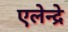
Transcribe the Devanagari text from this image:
एलेन्द्रे